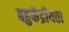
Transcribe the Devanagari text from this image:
बहुकेंद्रीयता